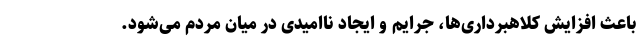
باعث افزايش كلاهبرداری‌ها، جرايم و ايجاد نااميدی در ميان مردم می‌شود.